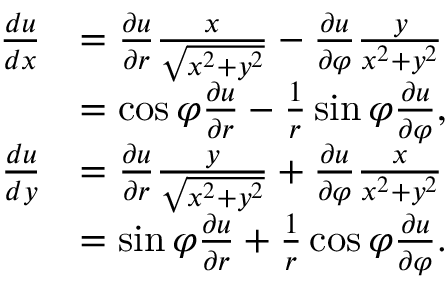
{ \begin{array} { r l } { { \frac { d u } { d x } } } & { = { \frac { \partial u } { \partial r } } { \frac { x } { \sqrt { x ^ { 2 } + y ^ { 2 } } } } - { \frac { \partial u } { \partial \varphi } } { \frac { y } { x ^ { 2 } + y ^ { 2 } } } } \\ & { = \cos \varphi { \frac { \partial u } { \partial r } } - { \frac { 1 } { r } } \sin \varphi { \frac { \partial u } { \partial \varphi } } , } \\ { { \frac { d u } { d y } } } & { = { \frac { \partial u } { \partial r } } { \frac { y } { \sqrt { x ^ { 2 } + y ^ { 2 } } } } + { \frac { \partial u } { \partial \varphi } } { \frac { x } { x ^ { 2 } + y ^ { 2 } } } } \\ & { = \sin \varphi { \frac { \partial u } { \partial r } } + { \frac { 1 } { r } } \cos \varphi { \frac { \partial u } { \partial \varphi } } . } \end{array} }